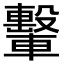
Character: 轚